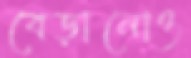
বেড়ানোও